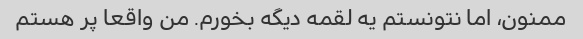
ممنون، اما نتونستم یه لقمه دیگه بخورم. من واقعا پر هستم